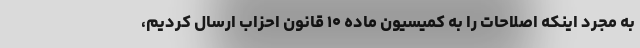
به مجرد اینکه اصلاحات را به کمیسیون ماده ۱۰ قانون احزاب ارسال کردیم،